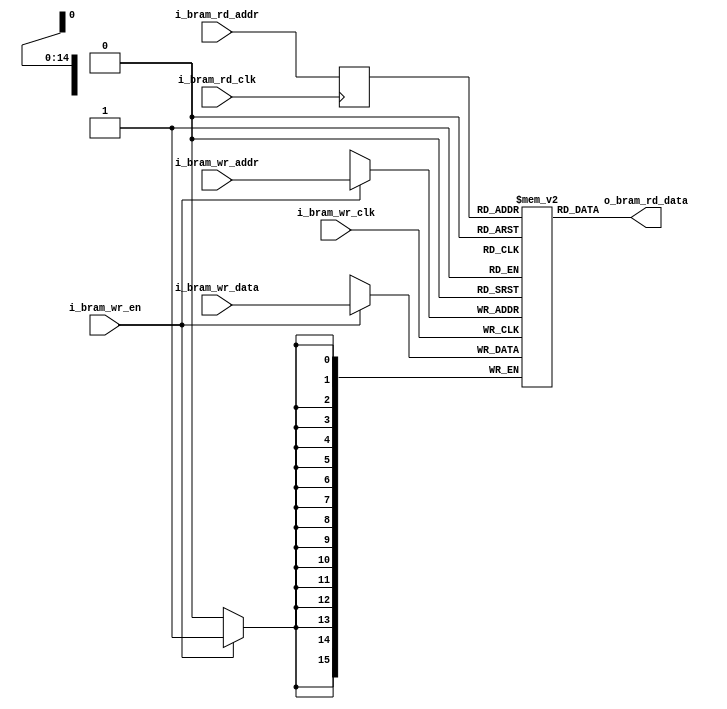
//HDR_START====================================================================
//
//                    Copyright (c) 2011 Analog Devices, Inc.
//
//     All Rights Reserved.  This file is the confidential and proprietary
//     property of ADI and the possession or use of this file requires a 
//     written license. 
// 
//------------------------------------------------------------------------------
//
//
// Project:       common/main_memory
//
//
//
// Description:   Main Memory Block RAM, infers block RAM
//
// Hierarchy: 
//                main_memory_top
//                     |
//                     |--> main_memory_write_format
//                     |
//                     |--> main_memory_bram_fifo
//                     |       |
//                     |       |--> main_memory_bram (block RAM instantiation)
//                     |
//                     |--> main_memory_sram_fifo
//                     |
//                     |--> main_memory_read_mux
//
// Notes:
//
//   1) See file footer for revision history 
//
//HDR_END======================================================================


module main_memory_bram
#(
   // BRAM_DATA_WIDTH
   // Block RAM data port width
   parameter BRAM_DATA_WIDTH = 16,

   // BRAM_ADDR_WIDTH
   // Block RAM address port width
   parameter BRAM_ADDR_WIDTH = 15
  )

   (
    //============================================= 
    // Write Cycle Data, Clock and Control Signals    
    //============================================= 
    
    // Write cycle, data rate clock. 
    input                                         i_bram_wr_clk,

    // Write cycle address.
    input  [BRAM_ADDR_WIDTH-1:0]                  i_bram_wr_addr,

    // Write cycle input data.
    input  [BRAM_DATA_WIDTH-1:0]                  i_bram_wr_data,

    // Active high write enable signal.
    input                                         i_bram_wr_en,
    

    //============================================= 
    // Read Cycle Data, Clock and Control Signals    
    //============================================= 
    
    // Read cycle, data rate clock. 
    input                                         i_bram_rd_clk,

    // Read cycle address.
    input  [BRAM_ADDR_WIDTH-1:0]                  i_bram_rd_addr,

    // Read cycle output data.
    output [BRAM_DATA_WIDTH-1:0]                  o_bram_rd_data

    );
   
   //==========================================================================
   // LOCAL PARAMETERS
   //==========================================================================

   
   //==========================================================================
   // REGS & WIRES
   //==========================================================================

   reg    [BRAM_ADDR_WIDTH-1:0] read_addr;
   
   reg    [BRAM_DATA_WIDTH-1:0] ram [2**BRAM_ADDR_WIDTH-1:0];
   
            
   //==========================================================================
   // Infer block RAM
   //==========================================================================
            
   always @(posedge i_bram_wr_clk) 
        if (i_bram_wr_en)
            ram[i_bram_wr_addr] <= i_bram_wr_data;

   always @(posedge i_bram_rd_clk)
      read_addr <= i_bram_rd_addr;
   
   assign o_bram_rd_data = ram[read_addr];
                  
endmodule // main_memory_bram
   
//==========================================================================
// Revision History
// $Log: digital_db#common#design#main_memory#rtl#main_memory_bram.v,v $
// Revision 1.3  2011-04-15 16:05:17-04  mhughes
// Initial edits.
//
// Revision 1.2  2011-03-10 13:27:21-05  mhughes
// Initial revision.
//
//
//==========================================================================